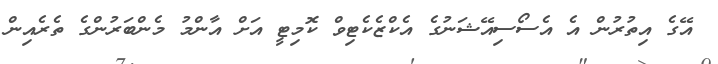
އޭގެ އިތުރުން އެ އެސޯސިއޭޝަނުގެ އެކްޒެކެޓިވް ކޮމިޓީ އަށް އާންމު މެންބަރުންގެ ތެރެއިން